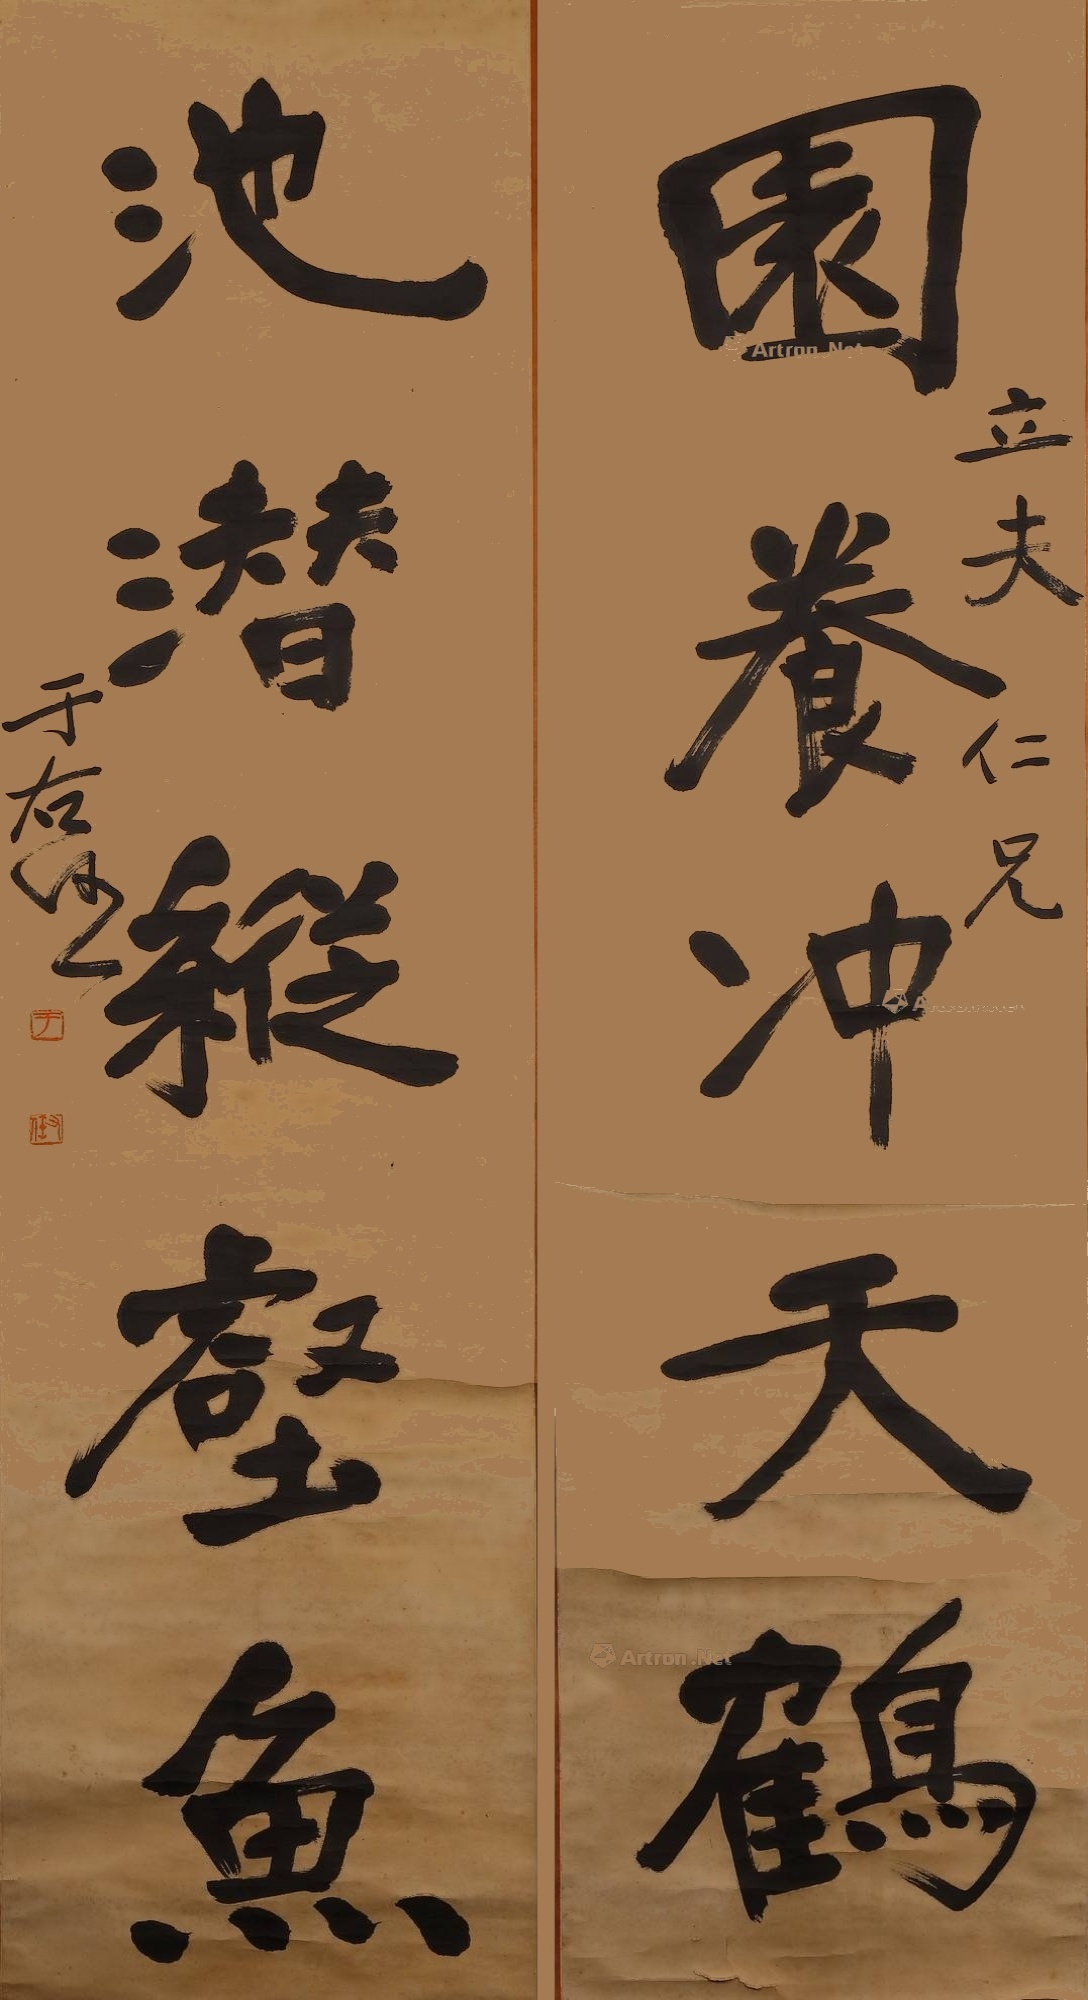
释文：园养冲天鹤，池潜纵壑鱼立夫仁兄。于右任